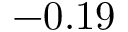
- 0 . 1 9